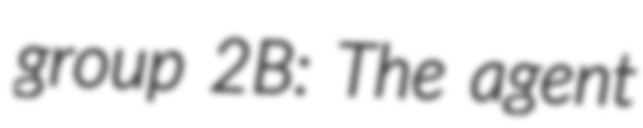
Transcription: group 2B: The agent